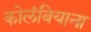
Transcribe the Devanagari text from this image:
कोलंबियाना